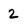
Character: 2